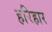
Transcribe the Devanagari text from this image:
हरिहार